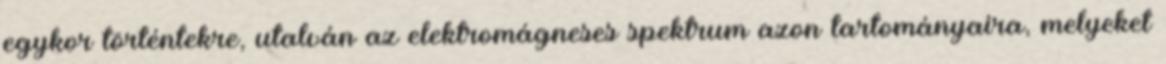
egykor történtekre, utalván az elektromágneses spektrum azon tartományaira, melyeket